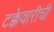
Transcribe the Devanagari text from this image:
टक्केवारीची